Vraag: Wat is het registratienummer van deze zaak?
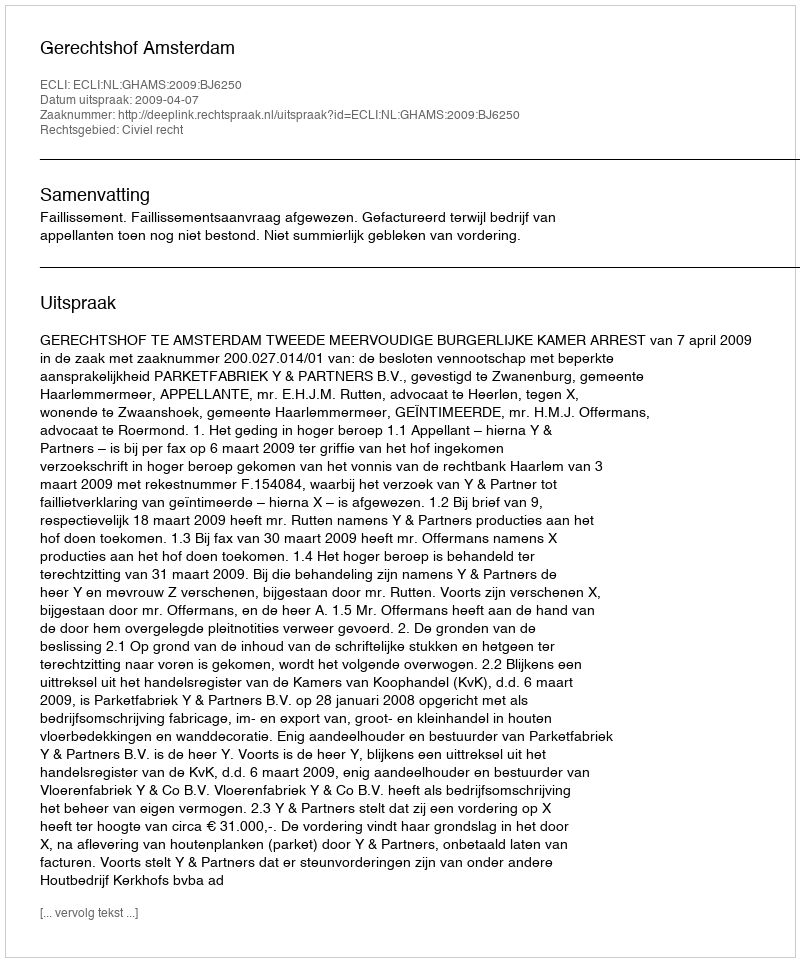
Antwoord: http://deeplink.rechtspraak.nl/uitspraak?id=ECLI:NL:GHAMS:2009:BJ6250